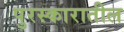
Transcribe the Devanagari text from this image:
पुरस्कारातील